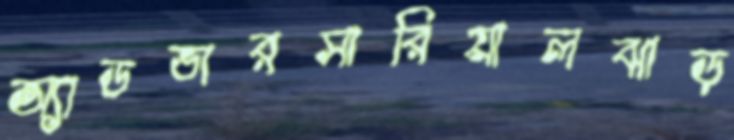
অ্যাডভারসারিয়ালঝাড়